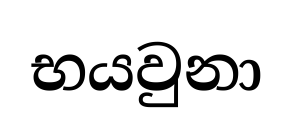
භයවුනා